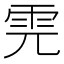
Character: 𩂁